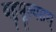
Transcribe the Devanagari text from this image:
बहुमूल्यतम्